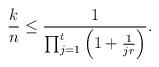
LaTeX: \begin{align*}\frac{k}{n} \leq \frac{1}{\prod_{j=1}^{t}\left(1 + \frac{1}{jr}\right)}.\end{align*}